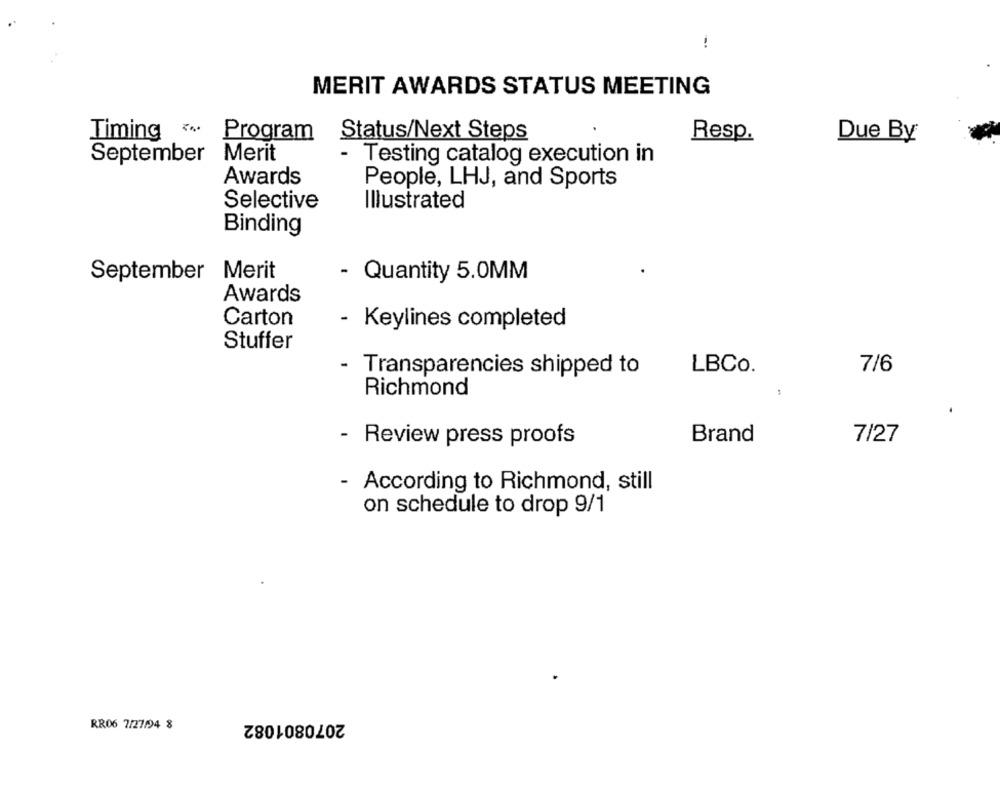
MERIT AWARDS STATUS MEETING
Timing 3.
Program
Status/Next Steps
Resp.
Due By
Merit
September
- Testing catalog execution in
Awards
People, LHJ, and Sports
Selective
Illustrated
Binding
September Merit
- Quantity 5.0MM
Awards
Carton
- Keylines completed
Stuffer
- Transparencies shipped to
LBCo.
7/6
Richmond
- Review press proofs
Brand
7/27
- According to Richmond, still
on schedule to drop 9/1
2070801082
RR06 7/27/94 8